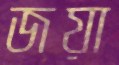
জয়া